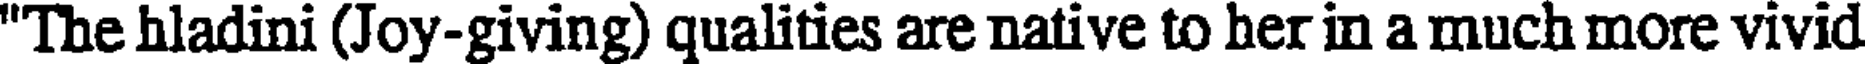
"The hladini (Joy-giving) qualities are native to her in a much more vivid